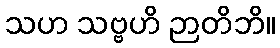
သဟ သဗ္ဗဟိ ဉာတိဘိ။